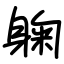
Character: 躹